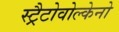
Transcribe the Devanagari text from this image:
स्ट्रैटोवोल्केनो